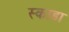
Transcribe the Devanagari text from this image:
स्काडा